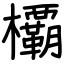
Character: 𣠽